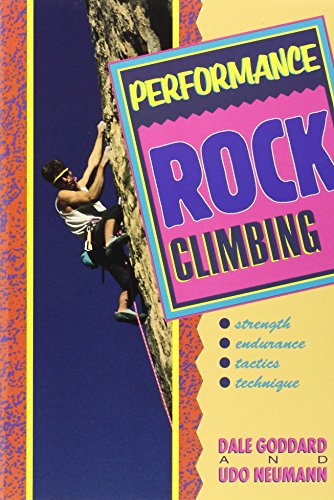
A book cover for Performance Rock Climbing; Dale Goddard; Sports & Outdoors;